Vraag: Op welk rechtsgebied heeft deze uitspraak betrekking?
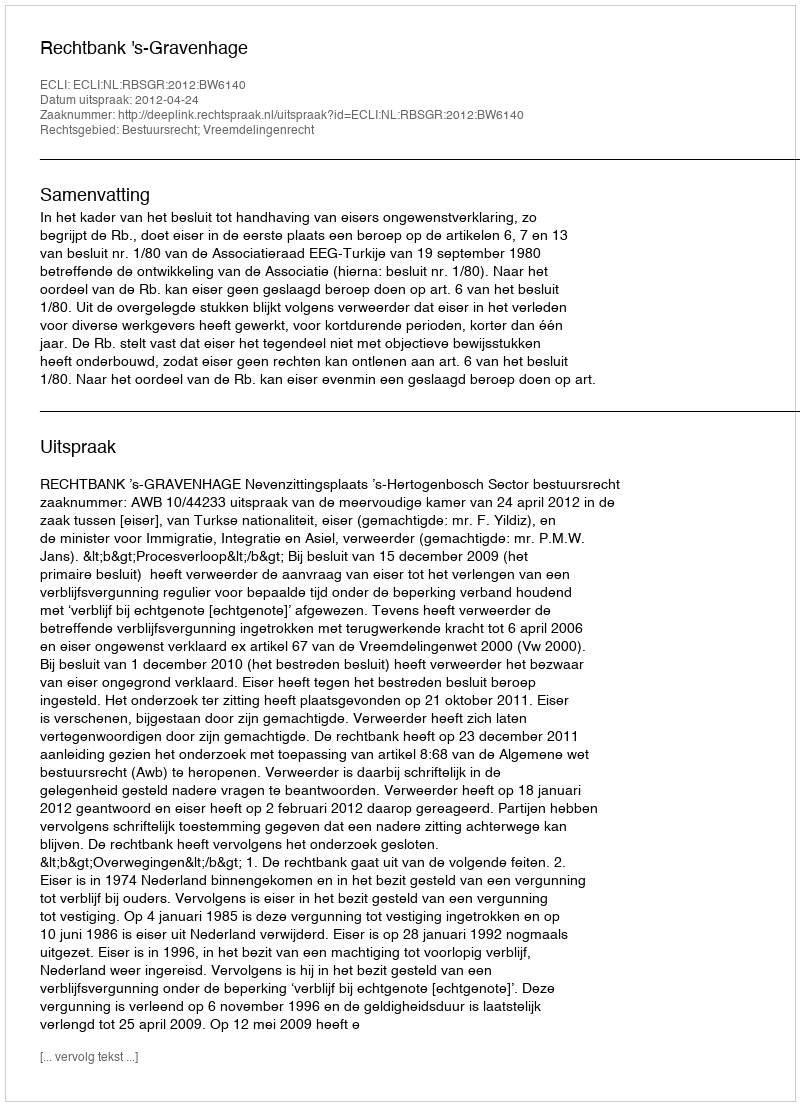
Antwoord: Bestuursrecht; Vreemdelingenrecht